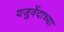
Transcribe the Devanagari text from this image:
यजुवेंदाच्या